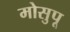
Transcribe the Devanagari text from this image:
मोसुपू